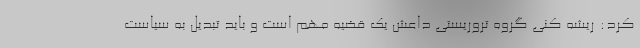
کرد: ریشه کنی گروه تروریستی داعش یک قضیه مهم است و باید تبدیل به سیاست